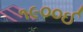
૧૯૦૦ઈ